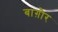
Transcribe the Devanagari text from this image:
बाग़ौर